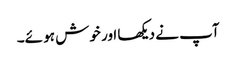
آپ نے دیکھا اور خوش ہو ئے۔